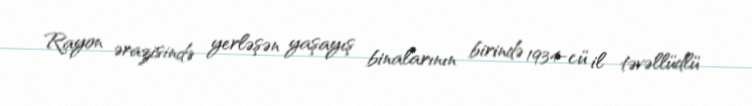
Rayon ərazisində yerləşən yaşayış binalarının birində 1934-cü il təvəllüdlü